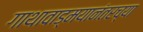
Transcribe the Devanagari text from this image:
गाथावाड्मयानंतरच्या